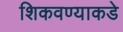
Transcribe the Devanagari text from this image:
शिकवण्याकडे